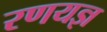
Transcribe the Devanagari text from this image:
रणयज्ञ